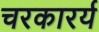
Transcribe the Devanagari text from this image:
चरकारर्य